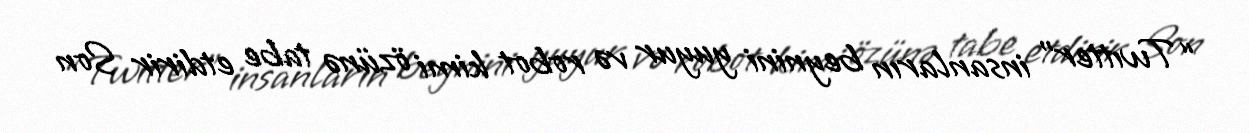
“Twıtter” insanların beynini yuyur və robot kimi özünə tabe etdirir Son